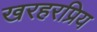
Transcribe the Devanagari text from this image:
खरहरप्रिय